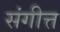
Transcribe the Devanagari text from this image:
संगीत्त